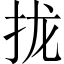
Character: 拢